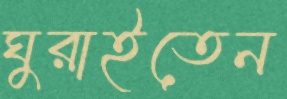
ঘুরাইতেন